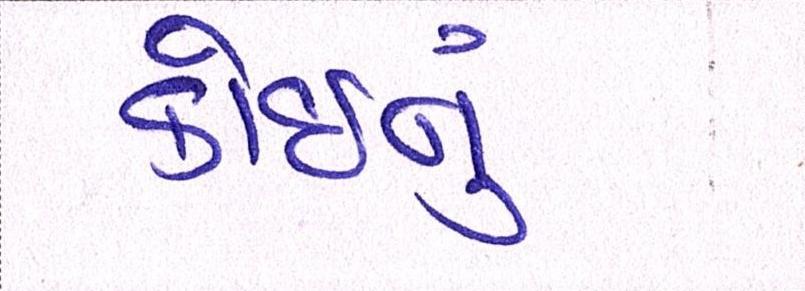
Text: કોઈનું